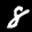
Label: 8